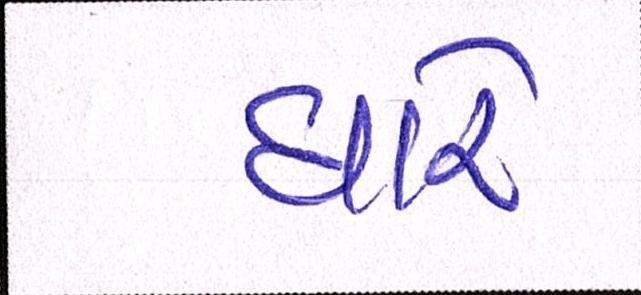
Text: ધારે